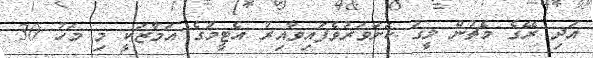
އަދި ރޭގެ މެޗުން ލީގު ކަށަވަރުވެފައިވާއިރު އެޓީމުގެ އަމާޒަކީ މި މަހު 30